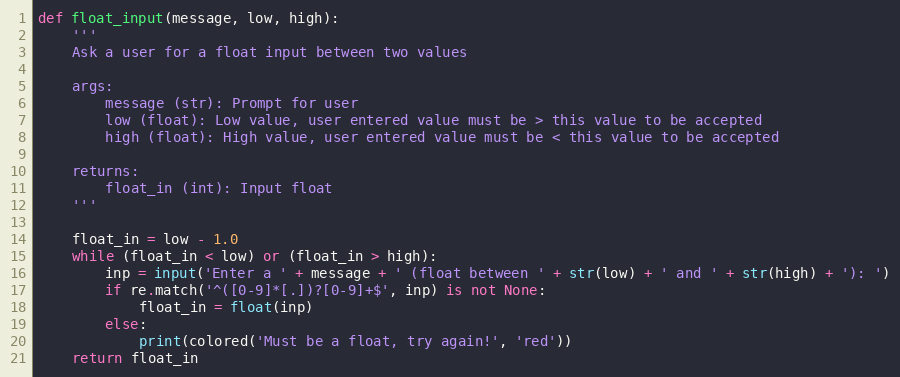
Language: Python
def float_input(message, low, high):
    '''
    Ask a user for a float input between two values

    args:
        message (str): Prompt for user
        low (float): Low value, user entered value must be > this value to be accepted
        high (float): High value, user entered value must be < this value to be accepted

    returns:
        float_in (int): Input float
    '''

    float_in = low - 1.0
    while (float_in < low) or (float_in > high):
        inp = input('Enter a ' + message + ' (float between ' + str(low) + ' and ' + str(high) + '): ')
        if re.match('^([0-9]*[.])?[0-9]+$', inp) is not None:
            float_in = float(inp)
        else:
            print(colored('Must be a float, try again!', 'red'))
    return float_in